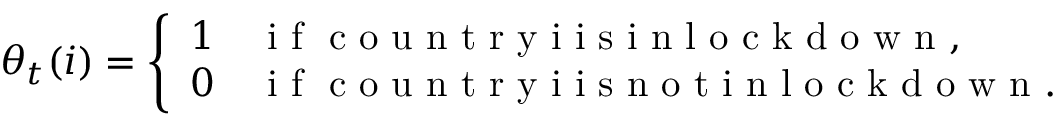
\theta _ { t } ( i ) = \left\{ \begin{array} { l l } { 1 } & { \mathrm { ~ i ~ f ~ } \mathrm { ~ c ~ o ~ u ~ n ~ t ~ r ~ y ~ i ~ i ~ s ~ i ~ n ~ l ~ o ~ c ~ k ~ d ~ o ~ w ~ n ~ } , } \\ { 0 } & { \mathrm { ~ i ~ f ~ } \mathrm { ~ c ~ o ~ u ~ n ~ t ~ r ~ y ~ i ~ i ~ s ~ n ~ o ~ t ~ i ~ n ~ l ~ o ~ c ~ k ~ d ~ o ~ w ~ n ~ } . } \end{array} \right.